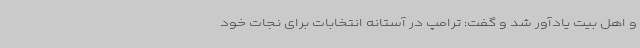
و اهل بیت یادآور شد و گفت: ترامپ در آستانه انتخابات برای نجات خود